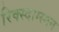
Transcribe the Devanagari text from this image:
रिक्स्दाग्स्मन